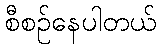
စီစဉ်နေပါတယ်